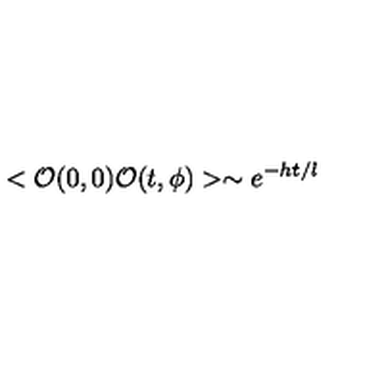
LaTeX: < { \cal O } ( 0 , 0 ) { \cal O } ( t , \phi ) > \sim e ^ { - h t / l }